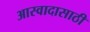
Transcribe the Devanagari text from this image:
आस्वादासाठी